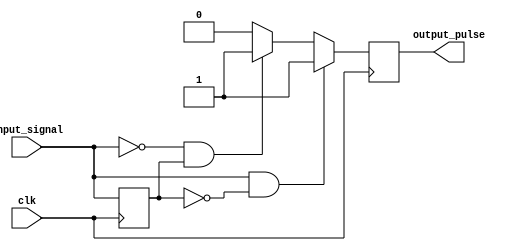
module pulse_edge_detector (
    input wire clk,               // Clock signal
    input wire input_signal,      // Input signal to detect edges
    output reg output_pulse       // Output pulse signal
);

    reg previous_state;           // Memory block to store the previous state of input_signal

    // Sequential logic to capture the input_signal on the rising edge of clk
    always @(posedge clk) begin
        // Edge detection logic
        if (input_signal && !previous_state) begin
            // Rising edge detected
            output_pulse <= 1'b1; // Generate pulse for rising edge
        end else if (!input_signal && previous_state) begin
            // Falling edge detected
            output_pulse <= 1'b1; // Generate pulse for falling edge
        end else begin
            output_pulse <= 1'b0;  // No edge detected
        end
        
        // Update the previous state with the current input_signal
        previous_state <= input_signal;
    end

endmodule